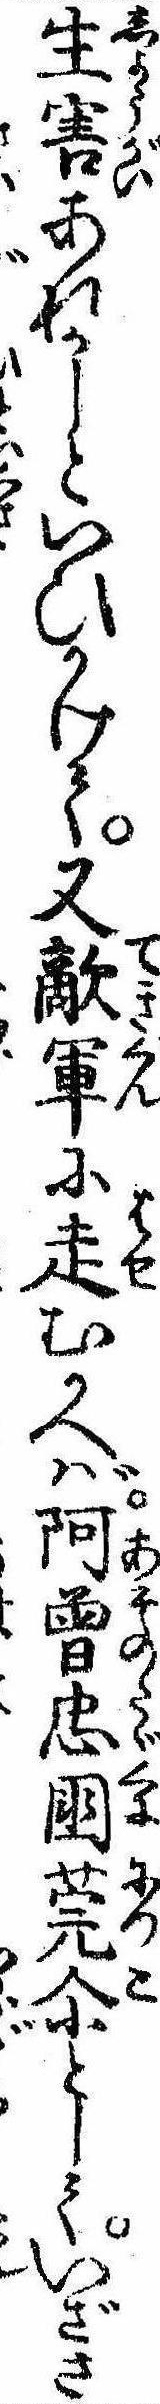
生害あれかしといひかけて又敵軍に走むかへば阿曽忠国莞爾としていざさ